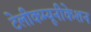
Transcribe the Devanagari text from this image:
टेलीकम्यूनीकेशन